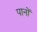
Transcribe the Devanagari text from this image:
पानों